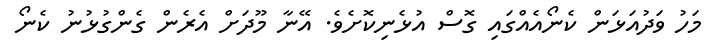
މަހު ވަދުއަޅަން ކެނޯއެއްގައި ގޮސް އުޅެނިކޮށެވެ. އޭނާ މޫދަށް އެރެން ގެންގުޅުނު ކެނޯ